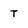
Character: T